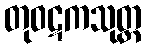
တုဝဋကသုတ္တ